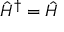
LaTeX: { \hat { H } } ^ { \dagger } = { \hat { H } }